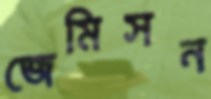
জেমিসন